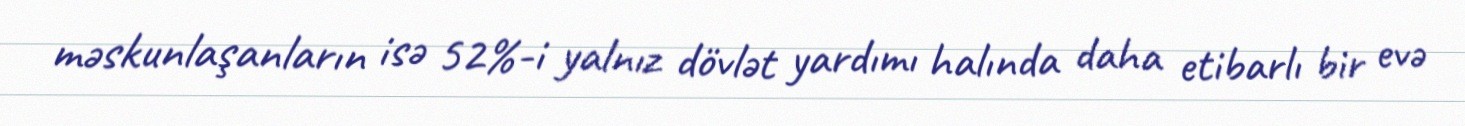
məskunlaşanların isə 52%-i yalnız dövlət yardımı halında daha etibarlı bir evə